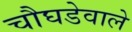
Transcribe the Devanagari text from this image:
चौघडेवाले